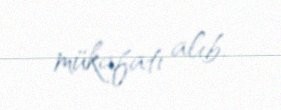
mükafatı alıb.